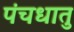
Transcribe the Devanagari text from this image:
पंचधातु